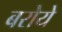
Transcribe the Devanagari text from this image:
बरोये